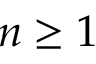
n \geq 1